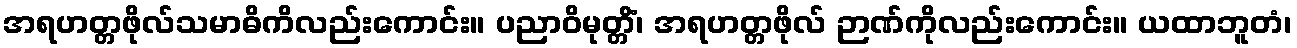
အရဟတ္တဖိုလ်သမာဓိကိလည်းကောင်း။ ပညာဝိမုတ္တိံ၊ အရဟတ္တဖိုလ် ဉာဏ်ကိုလည်းကောင်း။ ယထာဘူတံ၊